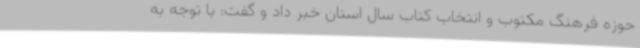
حوزه فرهنگ مکتوب و انتخاب کتاب سال استان خبر داد و گفت: با توجه به